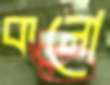
কনো